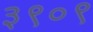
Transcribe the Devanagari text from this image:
३९०९